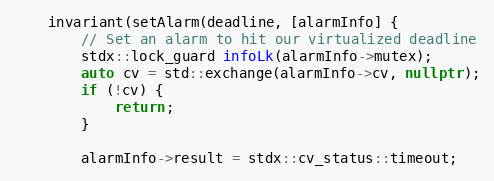
Language: C++
    invariant(setAlarm(deadline, [alarmInfo] {
        // Set an alarm to hit our virtualized deadline
        stdx::lock_guard infoLk(alarmInfo->mutex);
        auto cv = std::exchange(alarmInfo->cv, nullptr);
        if (!cv) {
            return;
        }

        alarmInfo->result = stdx::cv_status::timeout;